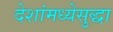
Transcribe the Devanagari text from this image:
देशांमध्येसुद्धा